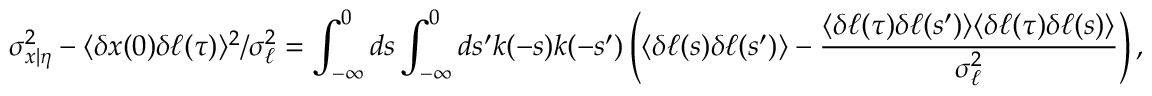
\sigma _ { x | \eta } ^ { 2 } - \langle \delta x ( 0 ) \delta \ell ( \tau ) \rangle ^ { 2 } / \sigma _ { \ell } ^ { 2 } = \int _ { - \infty } ^ { 0 } d s \int _ { - \infty } ^ { 0 } d s ^ { \prime } k ( - s ) k ( - s ^ { \prime } ) \left( \langle \delta \ell ( s ) \delta \ell ( s ^ { \prime } ) \rangle - \frac { \langle \delta \ell ( \tau ) \delta \ell ( s ^ { \prime } ) \rangle \langle \delta \ell ( \tau ) \delta \ell ( s ) \rangle } { \sigma _ { \ell } ^ { 2 } } \right) ,